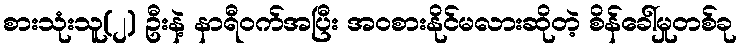
စားသုံးသူ(၂) ဦးနဲ့ နာရီဝက်အပြီး အဝစားနိုင်မလားဆိုတဲ့ စိန်ခေါ်မှုတစ်ခု